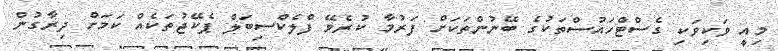
މިއީ ވަކިވަކި ގެސްޓްހައުސްތަކުގެ ބޭނުންތަކަށް ފަރުމާ ކުރެވޭ ފްލެކްސިބަލް ޕެކޭޖުތަކެއް ކަމަށް ދިރާގުން